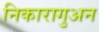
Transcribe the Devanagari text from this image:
निकारागुअन